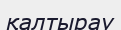
қалтырау